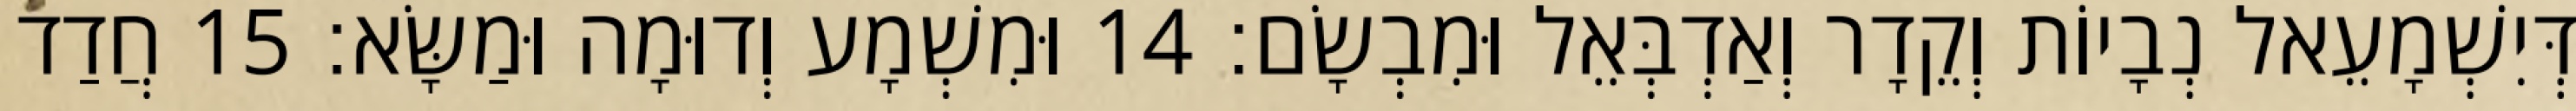
דְּיִשְׁמָעֵאל נְבָיוֹת וְקֵדָר וְאַדְבְּאֵל וּמִבְשָׂם׃ 14 וּמִשְׁמָע וְדוּמָה וּמַשָּׂא׃ 15 חֲדַד